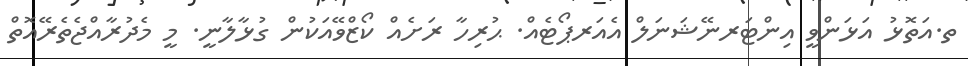
ތ.އަތޮޅު އަޅަންވީ އިންޓަރނޭޝަނަލް އެއަރޕޯޓެއް. ޙުރިހާ ރަށެއް ކޯޒްވޭއަކުން ގުޅާލާނީ. މީ މެދުރާއްޖެތެރޭއޮތް